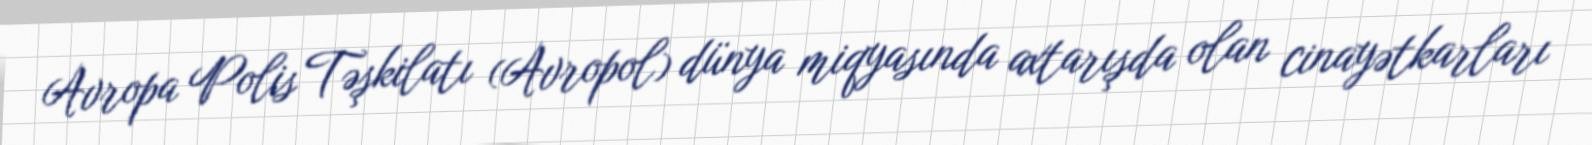
Avropa Polis Təşkilatı (Avropol) dünya miqyasında axtarışda olan cinayətkarları